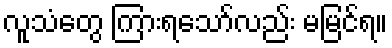
လူသံတွေ ကြားရသော်လည်း မမြင်ရ။